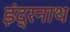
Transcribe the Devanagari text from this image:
इंद्रनाथ